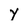
Character: y